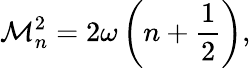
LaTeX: \mathcal{M}_{n}^{2}=2\omega\left(n+\frac{{1}}{{2}}\right),